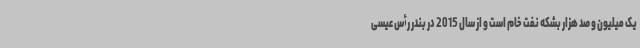
یک میلیون و صد هزار بشکه نفت خام است و از سال 2015 در بندر رأس عیسی